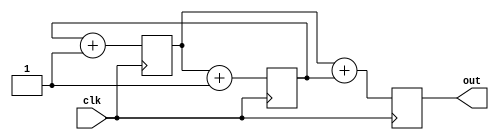
`timescale 1ns / 1ps
//////////////////////////////////////////////////////////////////////////////////
// Company: 
// Engineer: 
// 
// Design Name: 
// Module Name: test_sequential_logic
// Project Name: 
// Target Devices: 
// Tool Versions: 
// Description: 
// 
// Dependencies: 
// 
// Revision:
// Revision 0.01 - File Created
// Additional Comments:
// 
//////////////////////////////////////////////////////////////////////////////////


module sequential_logic(
    input clk,
    output reg[3:0] out
    );
    
    reg [3:0] a, b;
    
    initial begin
        a <= 0;
        b <= 1;
    end
    
    always @(posedge clk) begin
        out <= a + b;
        b <= a + 1;
        a <= b + 1;
    end
    
    
endmodule